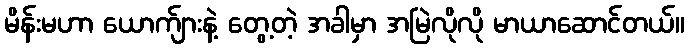
မိန်းမဟာ ယောက်ျားနဲ့ တွေ့တဲ့ အခါမှာ အမြဲလိုလို မာယာဆောင်တယ်။